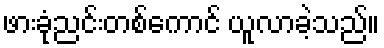
ဖားခုံညင်းတစ်ကောင် ယူလာခဲ့သည်။